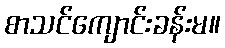
စာသင်ကျောင်းခန်းမ။